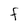
Character: F